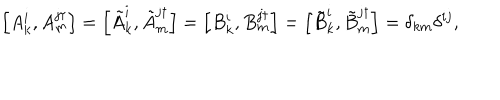
\left[ A _ { k } ^ { i } , A _ { m } ^ { j \dagger } \right] = \left[ \tilde { A } _ { k } ^ { i } , \tilde { A } _ { m } ^ { j \dagger } \right] = \left[ B _ { k } ^ { i } , B _ { m } ^ { j \dagger } \right] = \left[ \tilde { B } _ { k } ^ { i } , \tilde { B } _ { m } ^ { j \dagger } \right] = \delta _ { k m } \delta ^ { i j } ,